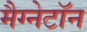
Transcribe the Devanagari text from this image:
मैग्नेटॉन